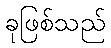
ခုဖြစ်သည်